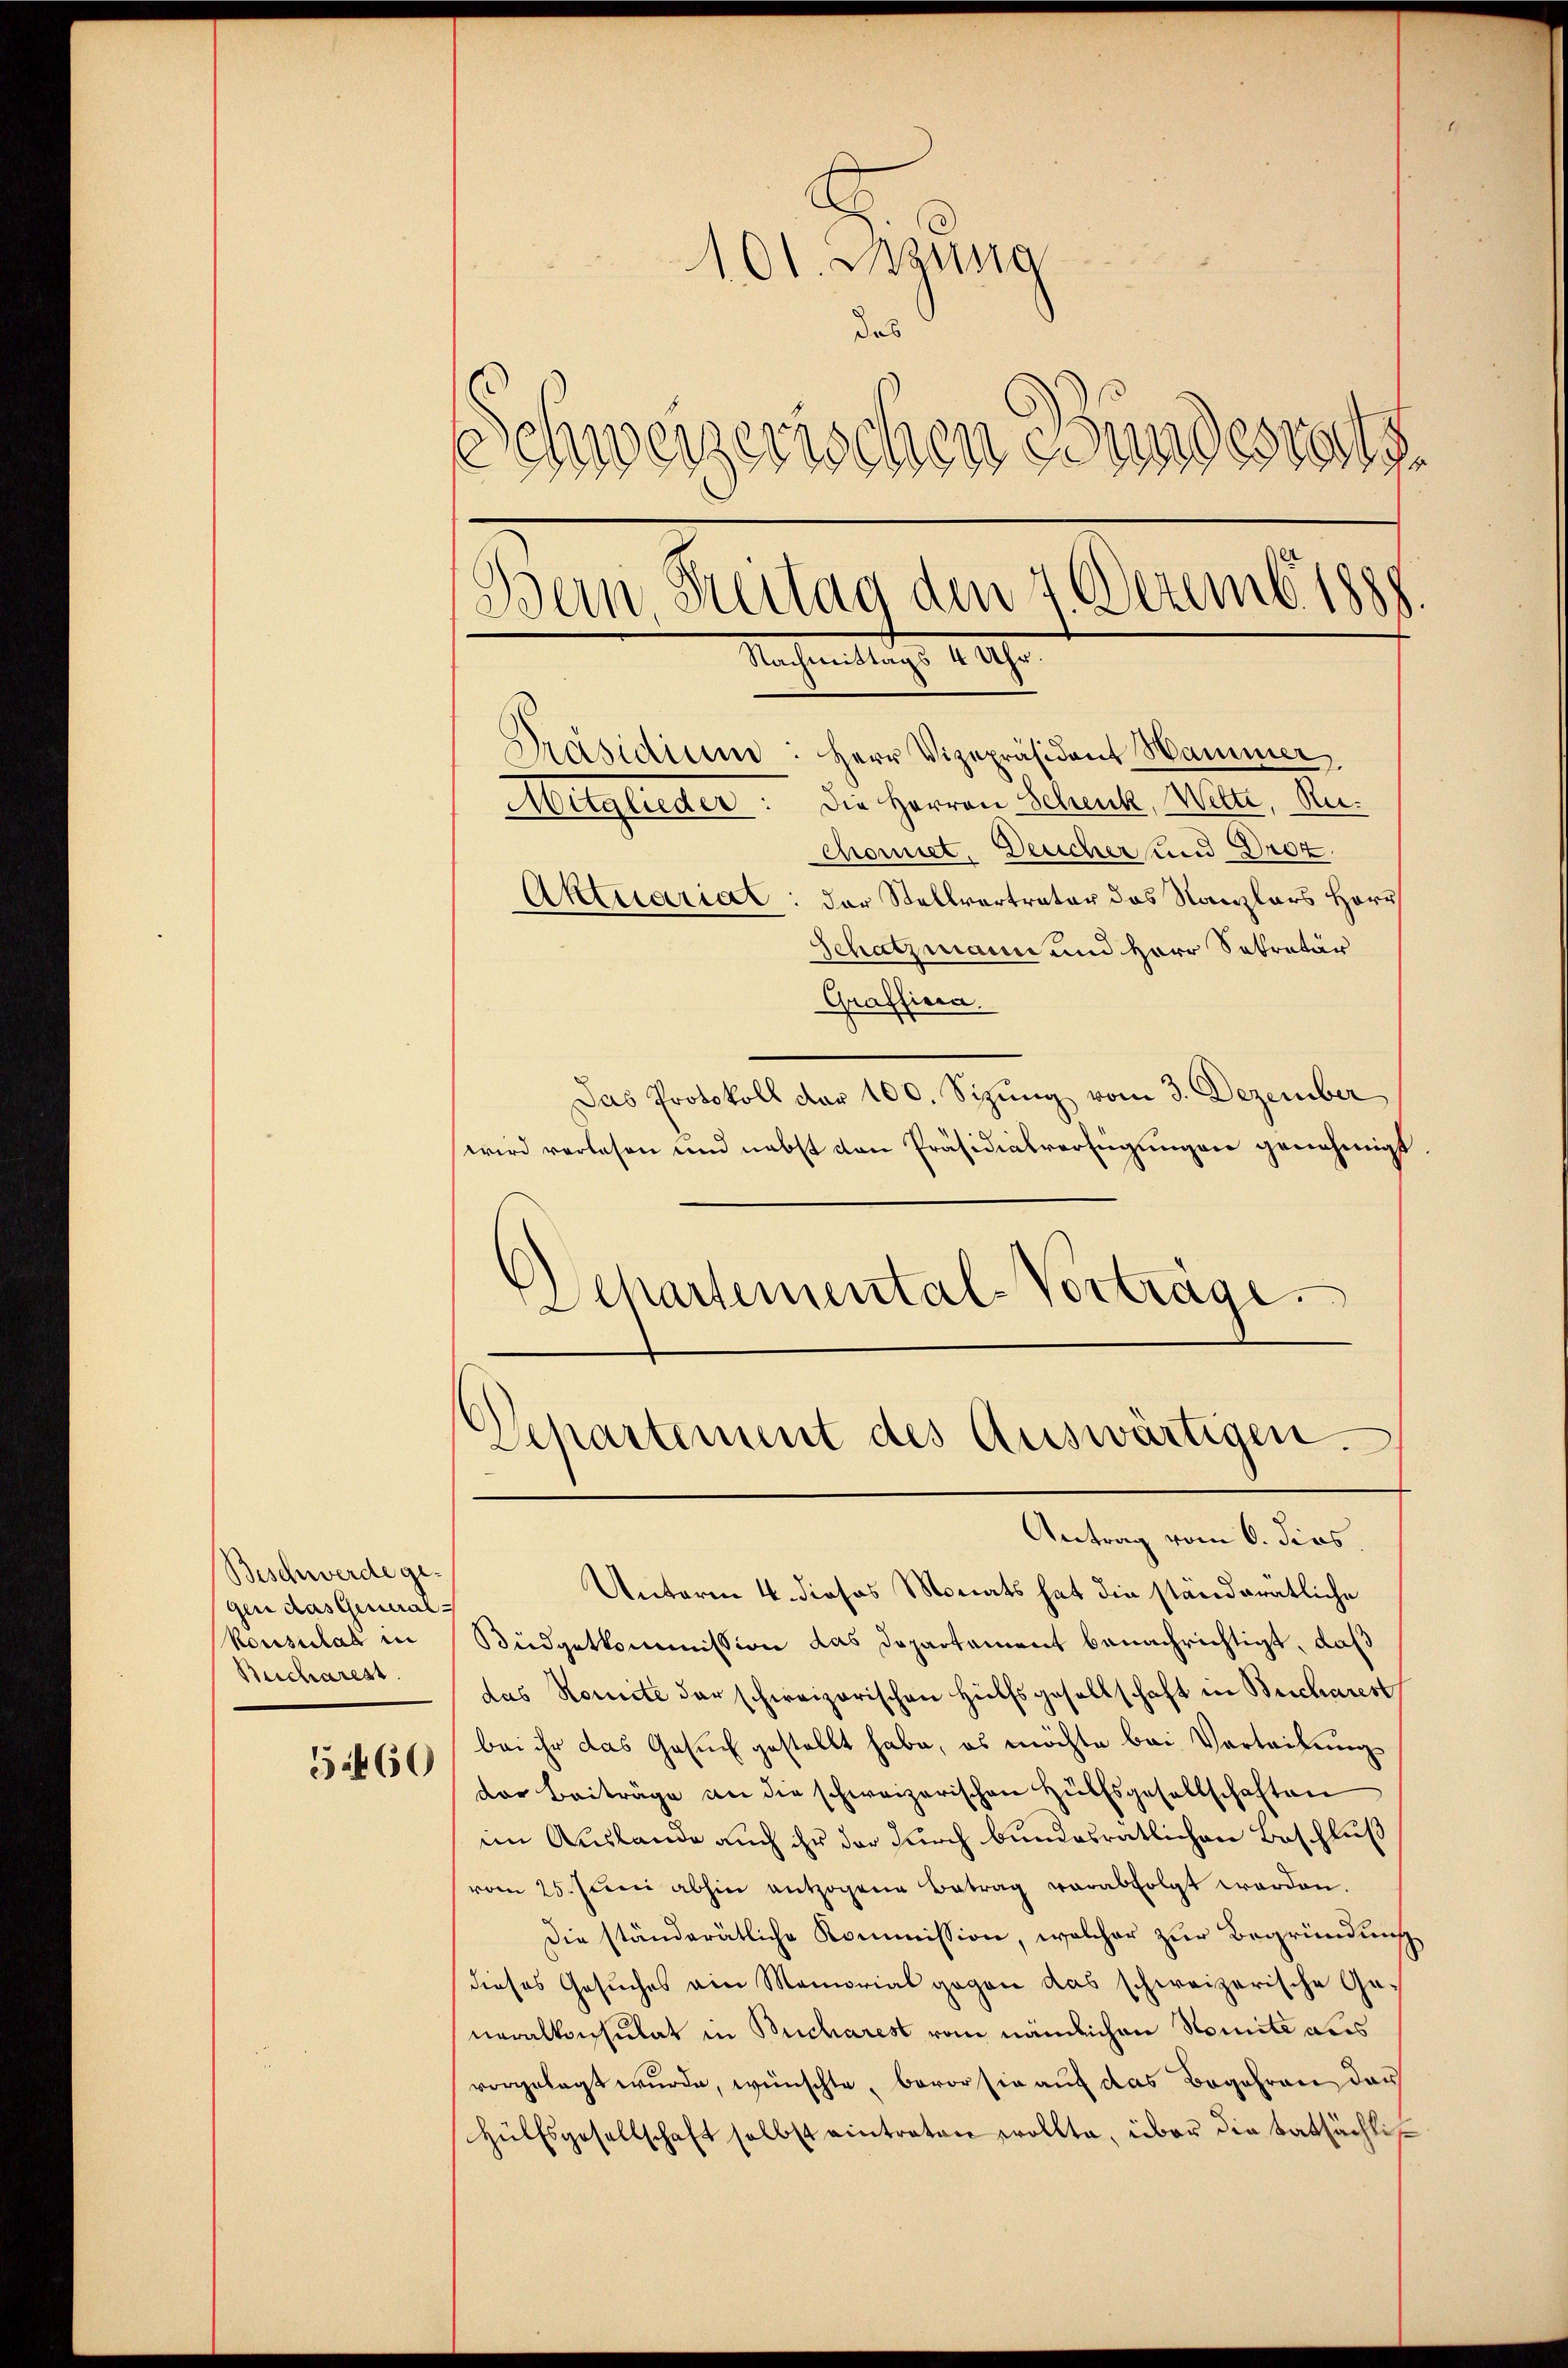
Beschwerde ge-
gen das General-
Konsulat in
Bucharest

3460

101. Dezung
das
Schweizerischen Bundesrats
Bern Seitag den 4 Dezembiss
Rachen auch 100fr.

Präsidium: Herr Vizepräsident Hammer
Mitglieder: Die Herren Schenk, Wette, Reichonet, Deucher und Droz.
Aktuariat: der Stellvertrater das Kanzlers Herr
Schatzmann und Herr Sekretär
Graffiera.
Das Protokoll der 100. Sizung vom 3. Dezember
wird verlesen und nebst von Präsidialverfügungen genehmigt
Sckartemental-Vorträge.

Departement des Auswärtigen.
Antrag vom 6. dios.

Unterm 4. dieses Monats hat die ständeratliche
Büdgetkommission das Departament benachrichtigt, daß
das Komite der schweizerischen Hülfsgesellschaft in Bucharest
bei ihr das Gesuch gestellt habe, es möchte bei Vertribung
der Beiträge an die schweizerischen Hülfsgesellschaften
im Auslande auch ihr der durch bundesratlichen Beschluß
vom 25. Juni abhin entzogene Betrag verabfolgt worden.
Die ständerätliche Kommission, welcher zur Begründung
dieses Gesuches am Memorial gegen das schweizerische Generalkonsulat in Bucharest vom nämlichen Nomite aus
vorgelegt wurde, wünschte, bevor sie auf das Begehren darf
Hülfsgesellschaft selbst eintraten wollte, über die tatsächlis¬